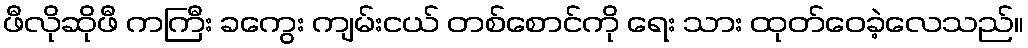
ဖီလိုဆိုဖီ ကကြီး ခကွေး ကျမ်းငယ် တစ်စောင်ကို ရေး သား ထုတ်ဝေခဲ့လေသည်။